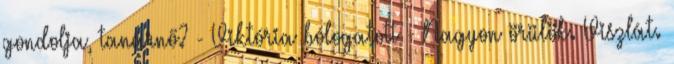
gondolja, tanárnő? - Viktória bólogatott - Nagyon örülök. Viszlát.